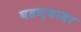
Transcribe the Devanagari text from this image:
घडण्यावर